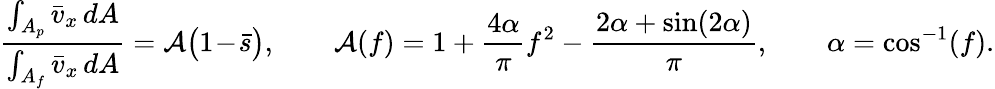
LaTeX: \frac{\int_{A_{p}}\bar{v}_{x}\, dA}{\int_{A_{f}}\bar{v}_{x}\, dA}={\cal A}\bigl(1\! -\! \bar{s}\bigr),\qquad{\cal A}(f)=1+\frac{4\alpha}{\pi}f^{2}-\frac{2\alpha+\sin(2\alpha)}{\pi},\qquad\alpha=\cos^{-1}(f).